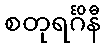
စတုရင်္ဂိနီ